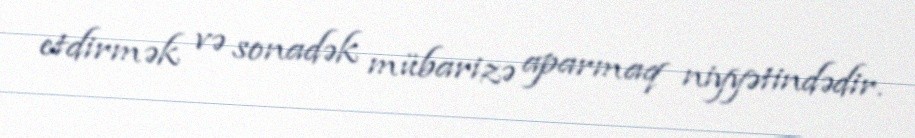
etdirmək və sonadək mübarizə aparmaq niyyətindədir.